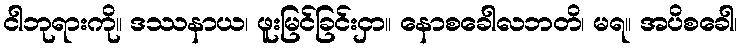
ငါဘုရားကို။ ဒဿနာယ၊ ဖူးမြင်ခြင်းငှာ။ နောစခေါလဘတိ၊ မရ။ အပိစခေါ၊